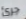
جرئ